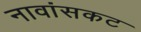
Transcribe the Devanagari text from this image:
नावांसकट